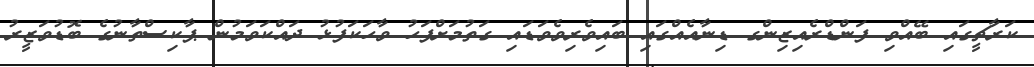
ކަރާޗީގައި ބޭއްވި ފަންޑްރެއިޒިންގ ޑިނާއެއްގައި ބައިވެރިވެވަޑައި ގަތުމަށްފަހު ވާހަކަފުޅު ދައްކަވަމުން ޕާކިސްތާނުގެ ބޮޑުވަޒީރު